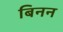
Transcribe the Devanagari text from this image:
बिनन